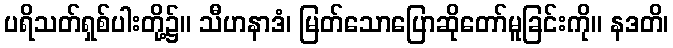
ပရိသတ်ရှစ်ပါးတို့၌။ သီဟနာဒံ၊ မြတ်သောပြောဆိုတော်မူခြင်းကို။ နဒတိ၊